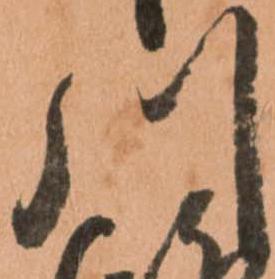
川